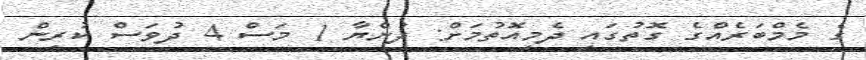
ގެ މެމްބަރެއްގެ ގޮތުގައި ދެމިއޮތުމަށް: ދުންޔާ 1 މަސް 4 ދުވަސް ކުރިން